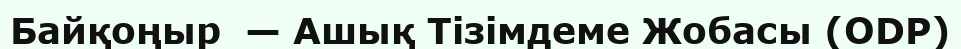
Байқоңыр  — Ашық Тізімдеме Жобасы (ODP)